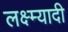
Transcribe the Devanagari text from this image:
लक्ष्म्यादी